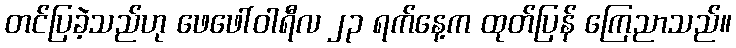
တင်ပြခဲ့သည်ဟု ဖေဖေါ်ဝါရီလ ၂၃ ရက်နေ့က ထုတ်ပြန် ကြေညာသည်။